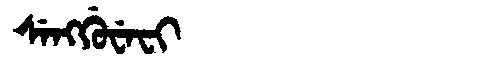
Manchu: ᠰᡝᠩᡤᡠᠸᡝᠸᡳ
Romanization: SENGGUWEFI